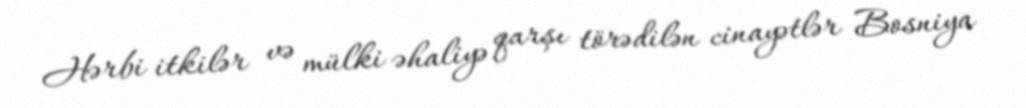
Hərbi itkilər və mülki əhaliyə qarşı törədilən cinayətlər Bosniya